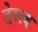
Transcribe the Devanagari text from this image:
तेस्त्व